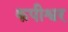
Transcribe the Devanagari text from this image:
कपीश्वर